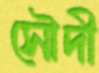
সৌদী